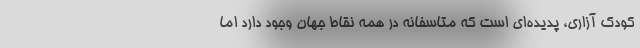
کودک آزاری، پدیده‌ای است که متاسفانه در همه نقاط جهان وجود دارد اما